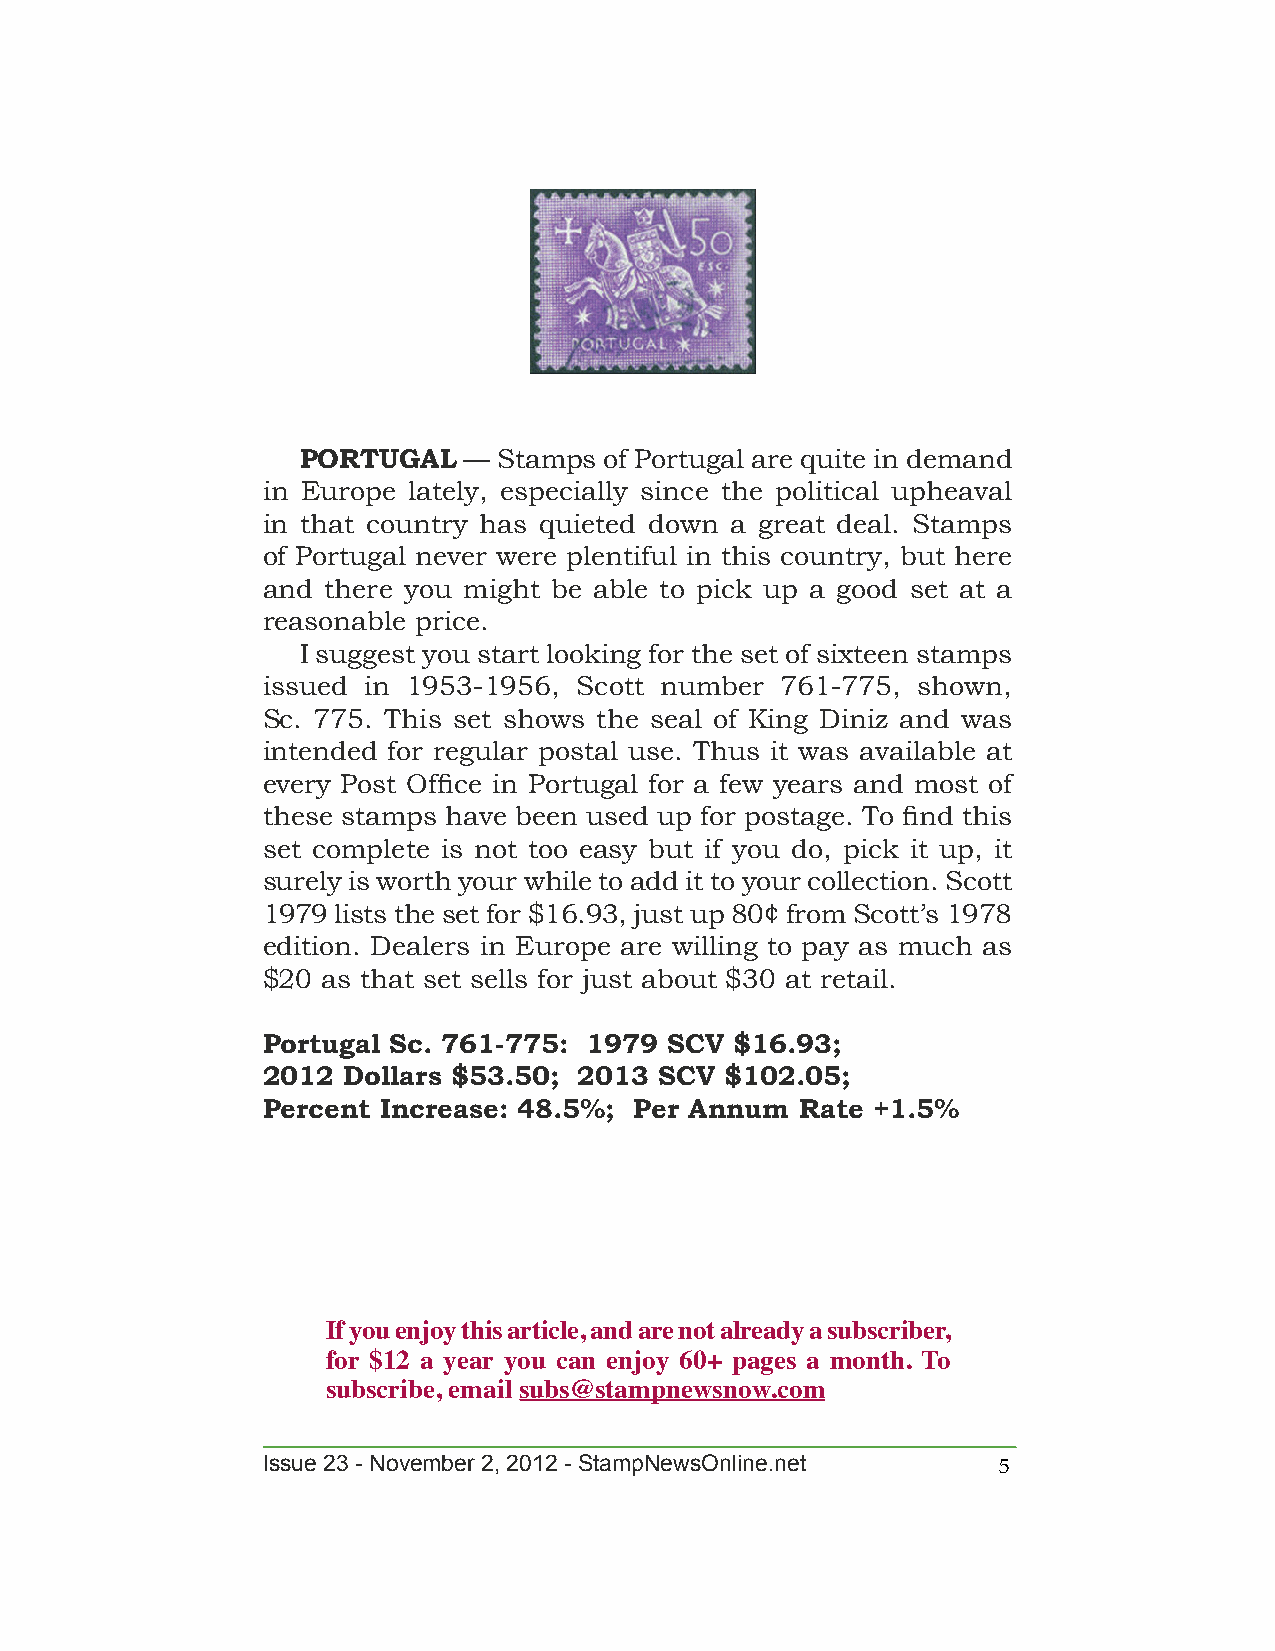
PORTUGAL   — Stamps of Portugal are quite in demand
 in Europe lately, especially since the political upheaval
 in that country has quieted down a great deal. Stamps
 of Portugal never were plentiful in this country, but here
 and there you might be able to pick up a good set at a
 reasonable price.
 I suggest you start looking for the set of sixteen stamps
 issued in 1953-1956, Scott number  761-775, shown,
 Sc. 775. This set shows the seal of King Diniz and was
 intended for regular postal use. Thus it was available at
 every Post Office in Portugal for a few years and most of
 these stamps have been used up for postage. To find this
 set complete is not too easy but if you do, pick it up, it
 surely is worth your while to add it to your collection. Scott
 1979 lists the set for $16.93, just up 80¢ from Scott’s 1978
 edition. Dealers in Europe are willing to pay as much as
 $20 as that set sells for just about $30 at retail.
 Portugal Sc. 761-775: 1979 SCV  $16.93;
 2012  Dollars $53.50; 2013 SCV $102.05;
 Percent Increase: 48.5%; Per Annum  Rate +1.5%
 If you enjoy this article, and are not already a subscriber,
 for $12 a year you can enjoy 60+ pages a month. To
 subscribe, email subs@stampnewsnow.com
 Issue 23 - November 2, 2012 - StampNewsOnline.net 